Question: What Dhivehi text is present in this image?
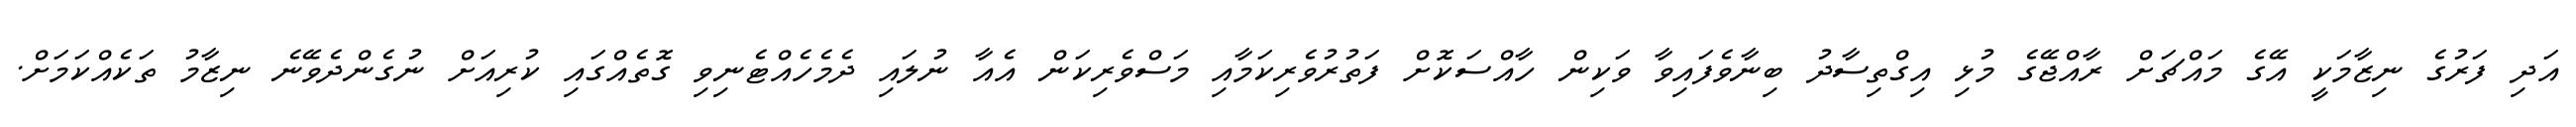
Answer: އަދި ފަރުގެ ނިޒާމަކީ އޭގެ މައްޗަށް ރާއްޖޭގެ މުޅި އިގްތިސާދު ބިނާވެފައިވާ ވަކިން ހާއްސަކޮށް ފަތުރުވެރިކަމާއި މަސްވެރިކަން އެއާ ނުލައި ދެމެހެއްޓެނިވި ގޮތެއްގައި ކުރިއަށް ނުގެންދެވޭނެ ނިޒާމު ތަކެއްކަމަށް.